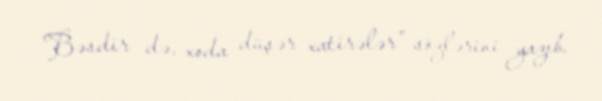
Bəsdir də, xoda düşər xatirələr” sözlərini yazıb.